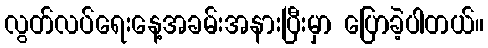
လွတ်လပ်ရေးနေ့အခမ်းအနားပြီးမှာ ပြောခဲ့ပါတယ်။